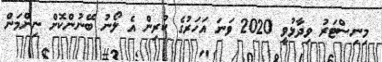
މިނިސްޓަރު ވިދާޅުވީ 2020 ވަނަ އަހަރުގެ ކުރިން އެ ލޯނު ބޭނުންކޮށް ނިންމަން